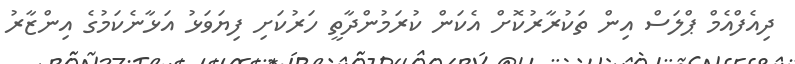
ދިއެފްއެމް ޕްލަސް އިން ތަކުރާރުކޮށް އެކަން ކުރަމުންދާތީ ހަރުކަށި ފިޔަވަޅު އަޅާނެކަމުގެ އިންޒާރު